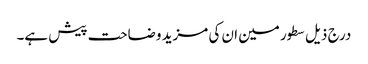
درج ذیل سطور مین ان کی مزید وضاحت پیش ہے۔